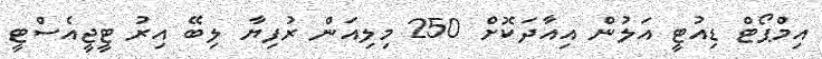
އިމްޕޯޓް ޑިއުޓީ އަލުން އިއާދަކޮށް 250 މިލިއަން ރުފިޔާ ލިބޭ އިރު ޓީޖީއެސްޓީ